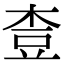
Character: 𪲓